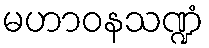
မဟာဝနသဏ္ဍံ